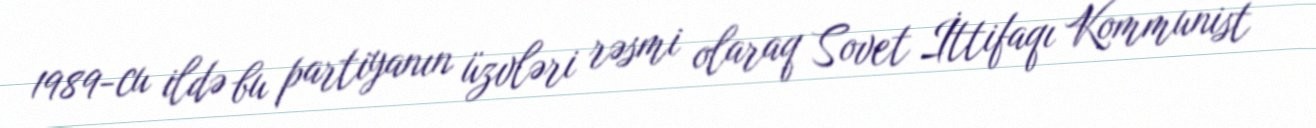
1989-cu ildə bu partiyanın üzvləri rəsmi olaraq Sovet İttifaqı Kommunist